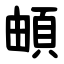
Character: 頔